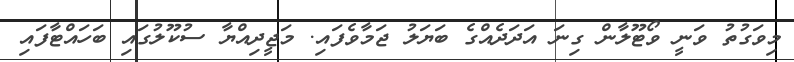
މިވަގުތު ވަނީ ވޯޓޫލާން ގިނަ އަދަދެއްގެ ބަޔަލު ޖަމާވެފައި. މަޖީދިއްޔާ ސުކޫލުގައި ބަހައްޓާފައި